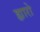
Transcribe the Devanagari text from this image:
ह्यारो